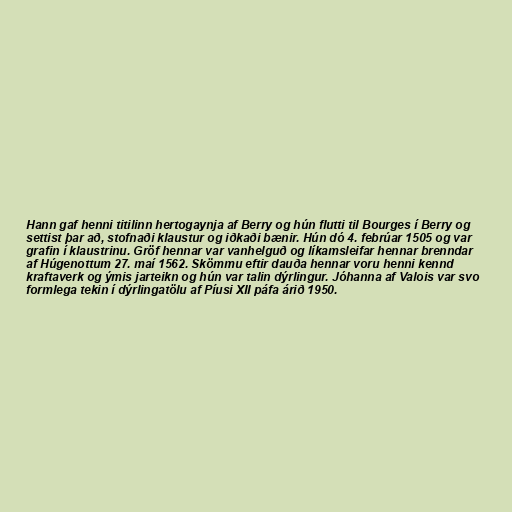
Hann gaf henni titilinn hertogaynja af Berry og hún flutti til Bourges í Berry og
settist þar að, stofnaði klaustur og iðkaði bænir. Hún dó 4. febrúar 1505 og var
grafin í klaustrinu. Gröf hennar var vanhelguð og líkamsleifar hennar brenndar
af Húgenottum 27. maí 1562. Skömmu eftir dauða hennar voru henni kennd
kraftaverk og ýmis jarteikn og hún var talin dýrlingur. Jóhanna af Valois var svo
formlega tekin í dýrlingatölu af Píusi XII páfa árið 1950.